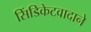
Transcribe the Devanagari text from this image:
सिंडिकेटवादाने